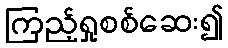
ကြည့်ရှုစစ်ဆေး၍